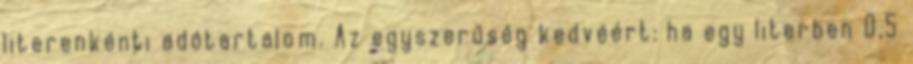
literenkénti adótartalom. Az egyszerűség kedvéért: ha egy literben 0,5